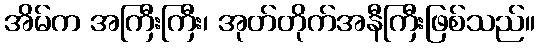
အိမ်က အကြီးကြီး၊ အုတ်တိုက်အနီကြီးဖြစ်သည်။